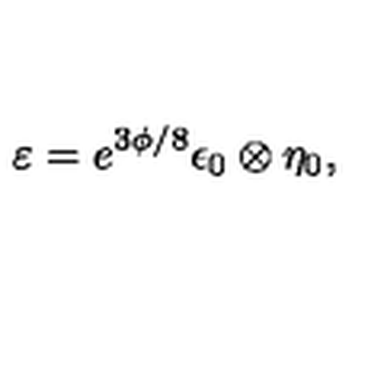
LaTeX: { \varepsilon = e ^ { 3 \phi / 8 } \epsilon _ { 0 } \otimes \eta _ { 0 } , }